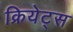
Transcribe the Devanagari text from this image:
क्रियेट्स